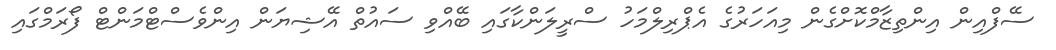
ސޭފްއިން އިންތިޒާމްކޮށްގެން މިއަހަރުގެ އެޕްރިލްމަހު ސްރީލަންކާގައި ބޭއްވި ސައުތް އޭޝިޔަން އިންވެސްޓްމަންޓް ފޯރަމްގައި